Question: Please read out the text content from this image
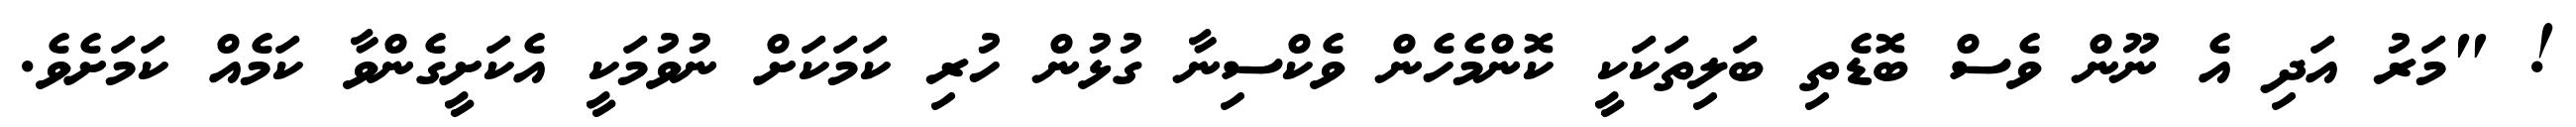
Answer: ! "މަރު އަދި އެ ނޫން ވެސް ބޮޑެތި ބަލިތަކަކީ ކޮންމެހެން ވެކްސިނާ ގުޅުން ހުރި ކަމަކަށް ނުވުމަކީ އެކަށީގެންވާ ކަމެއް ކަމަށެވެ.